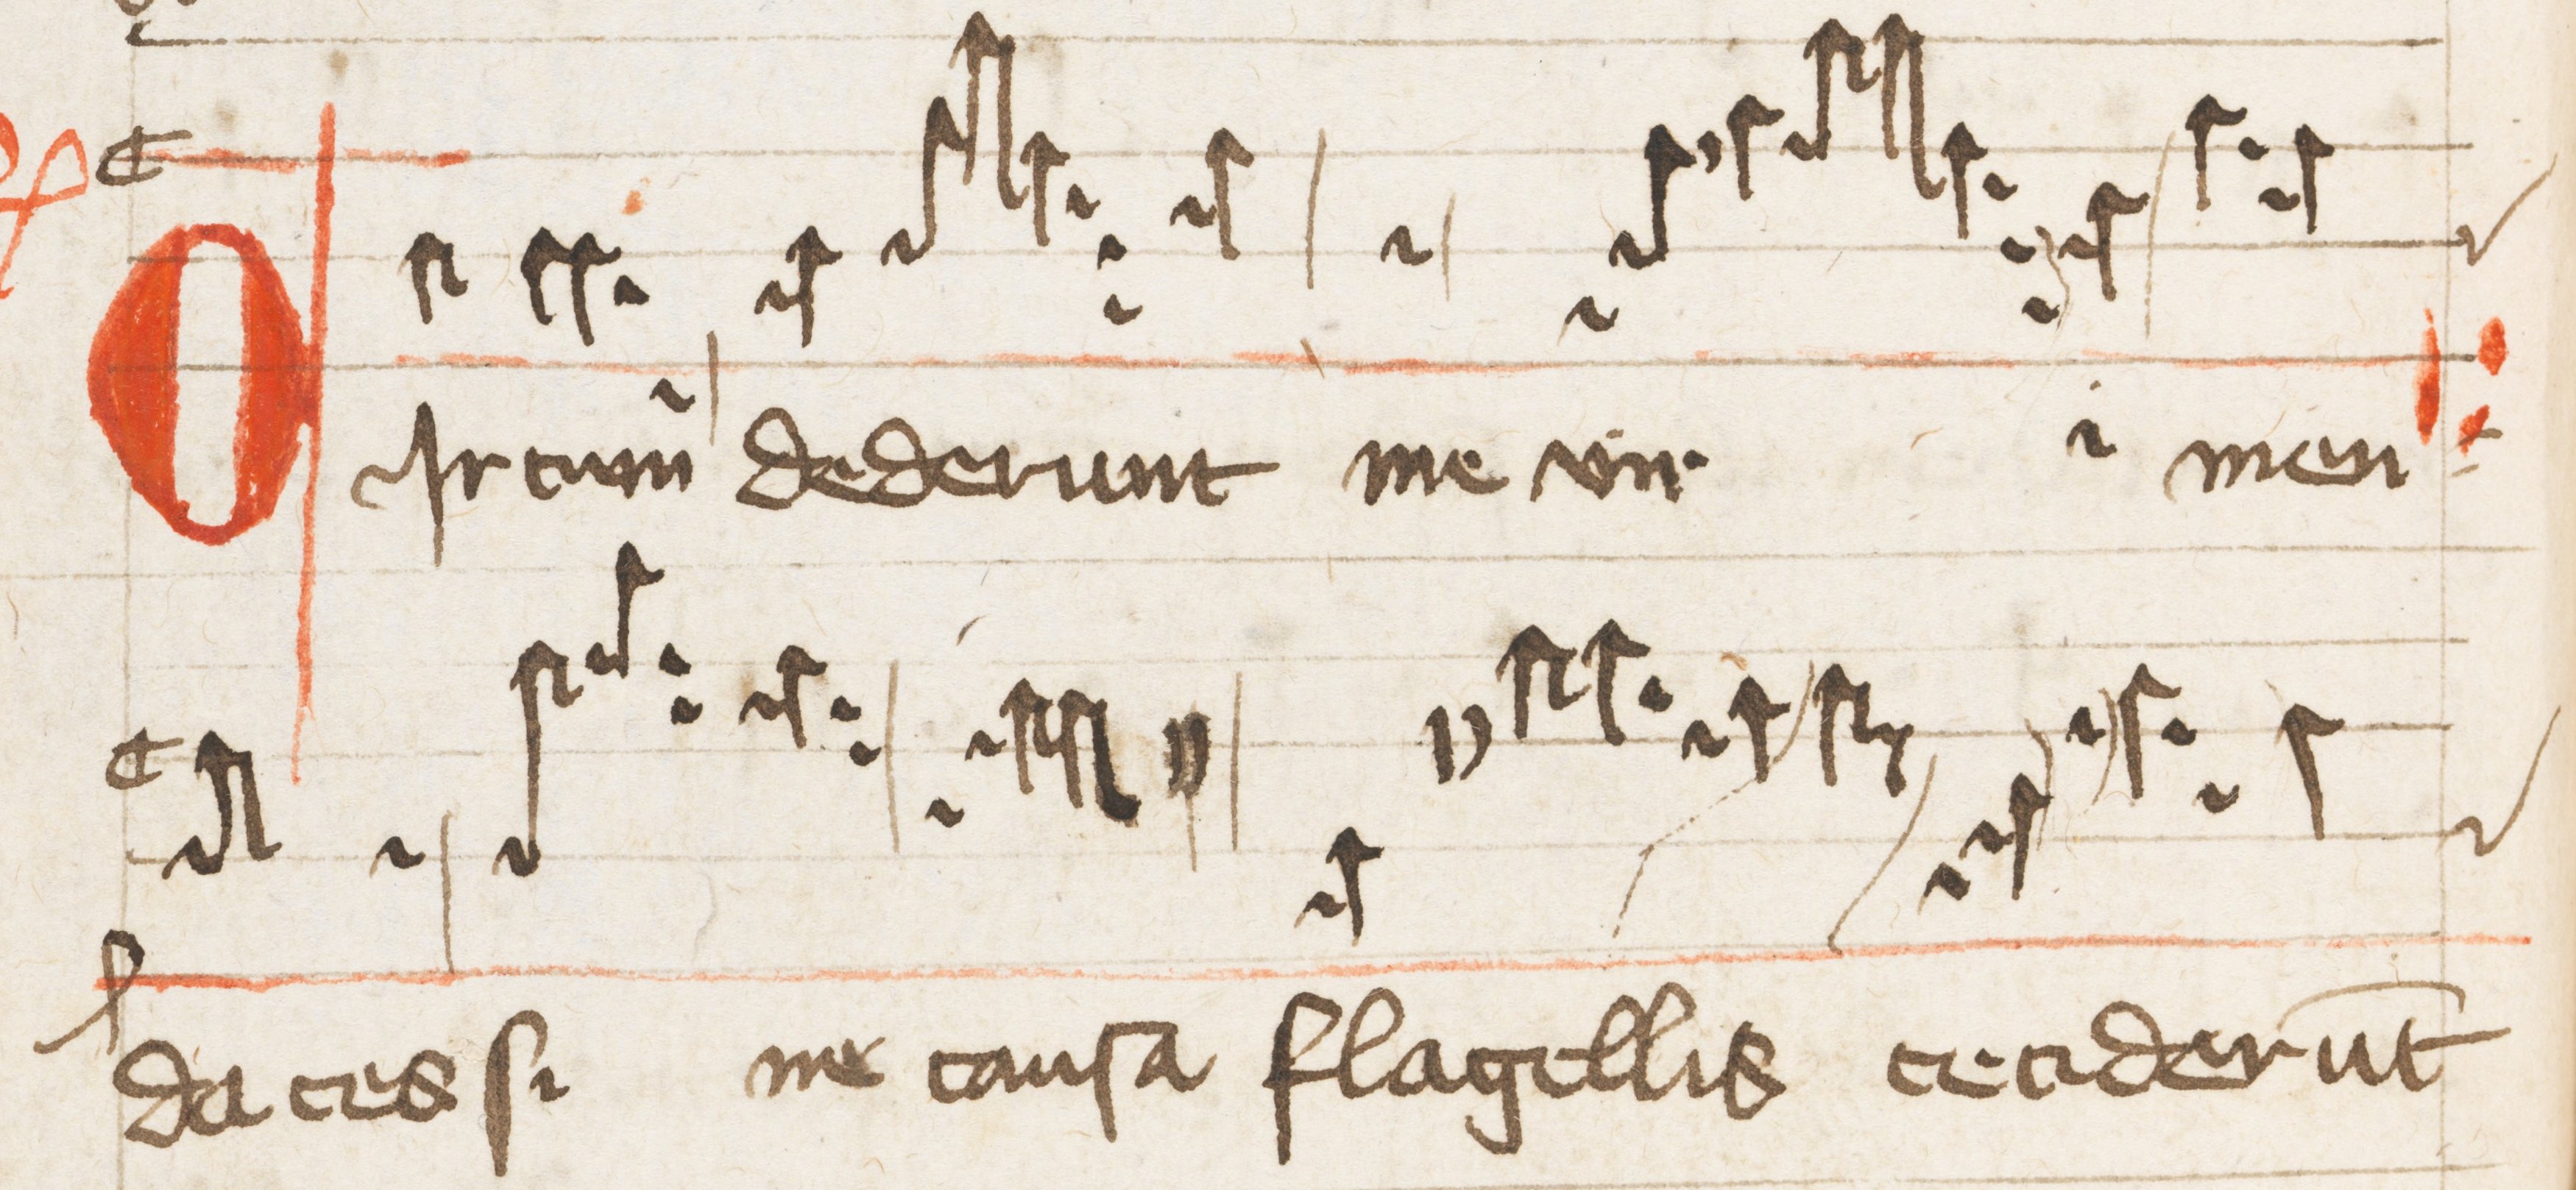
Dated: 1500–1599